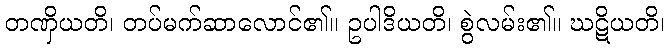
တဏှိယတိ၊ တပ်မက်ဆာလောင်၏။ ဥပါဒိယတိ၊ စွဲလမ်း၏။ ဃဋိယတိ၊